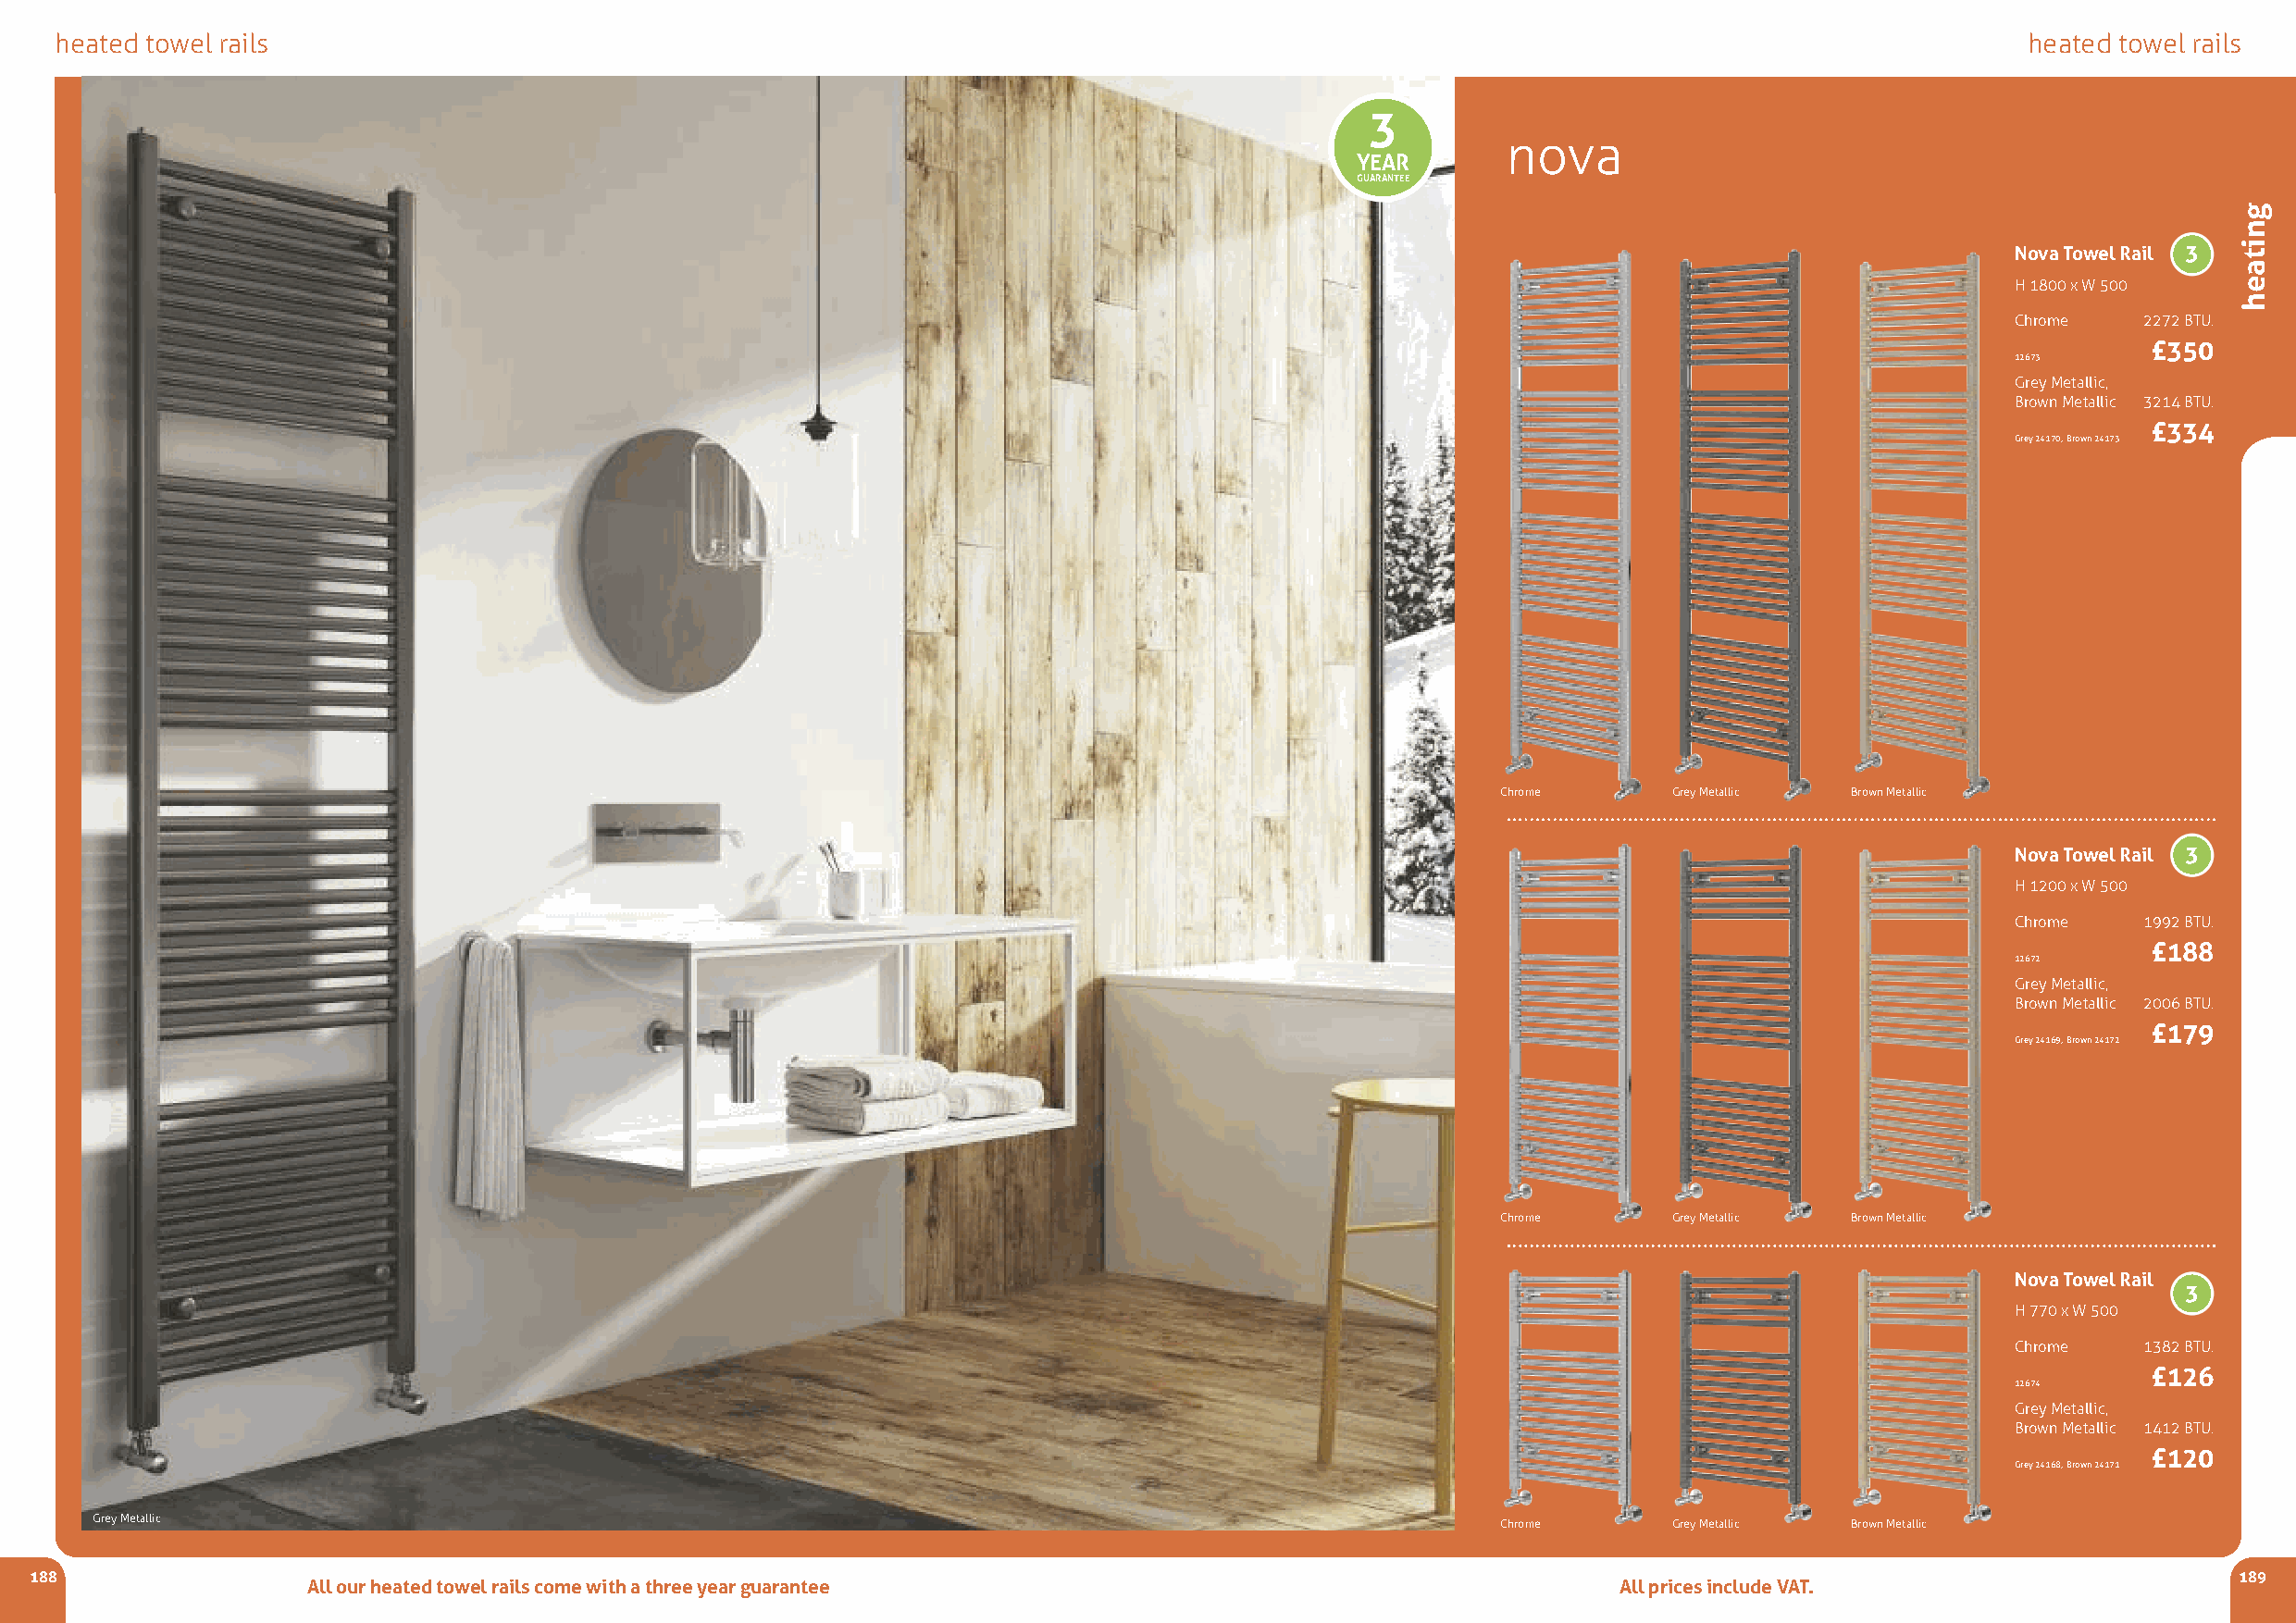
heated towel rails                                                                                                                           heated towel rails
 3
 nova
 YEAR
 GUARANTEE
 Nova Towel Rail 3
 H 1800 x W 500
 Chrome   2272 BTU.
 £350
 12673
 Grey Metallic,
 Brown Metallic 3214 BTU.
 £334
 Grey 24170, Brown 24173
 Chrome       Grey Metallic Brown Metallic
 Nova Towel Rail 3
 H 1200 x W 500
 Chrome   1992 BTU.
 £188
 12672
 Grey Metallic,
 Brown Metallic 2006 BTU.
 £179
 Grey 24169, Brown 24172
 Chrome       Grey Metallic Brown Metallic
 Nova Towel Rail
 3
 H 770 x W 500
 Chrome   1382 BTU.
 £126
 12674
 Grey Metallic,
 Brown Metallic 1412 BTU.
 £120
 Grey 24168, Brown 24171
 Grey Metallic                                                                                       Chrome       Grey Metallic Brown Metallic
 188                                                                                                                                                           189
 All our heated towel rails come with a three year guarantee                                   All prices include VAT.
 gnitaeh